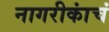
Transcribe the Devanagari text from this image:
नागरीकांचं